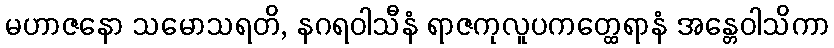
မဟာဇနော သမောသရတိ, နဂရဝါသီနံ ရာဇကုလူပကတ္ထေရာနံ အန္တေဝါသိကာ